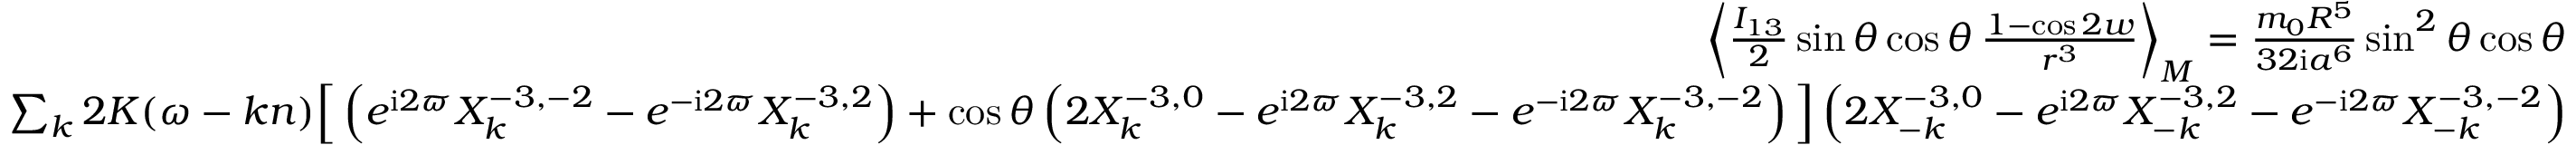
\begin{array} { r l r } { \left\langle \frac { I _ { 1 3 } } { 2 } \sin \theta \cos \theta \, \frac { 1 - \cos 2 w } { r ^ { 3 } } \right\rangle _ { M } = \frac { m _ { 0 } R ^ { 5 } } { 3 2 \mathrm { i } a ^ { 6 } } \sin ^ { 2 } \theta \cos \theta } & { } & \\ { \sum _ { k } 2 K ( \omega - k n ) \Big [ \left( e ^ { \mathrm { i } 2 \varpi } X _ { k } ^ { - 3 , - 2 } - e ^ { - \mathrm { i } 2 \varpi } X _ { k } ^ { - 3 , 2 } \right) + \cos \theta \left( 2 X _ { k } ^ { - 3 , 0 } - e ^ { \mathrm { i } 2 \varpi } X _ { k } ^ { - 3 , 2 } - e ^ { - \mathrm { i } 2 \varpi } X _ { k } ^ { - 3 , - 2 } \right) \Big ] \left( 2 X _ { - k } ^ { - 3 , 0 } - e ^ { \mathrm { i } 2 \varpi } X _ { - k } ^ { - 3 , 2 } - e ^ { - \mathrm { i } 2 \varpi } X _ { - k } ^ { - 3 , - 2 } \right) } \end{array}